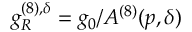
g _ { R } ^ { ( 8 ) , \delta } = g _ { 0 } / A ^ { ( 8 ) } ( p , \delta )